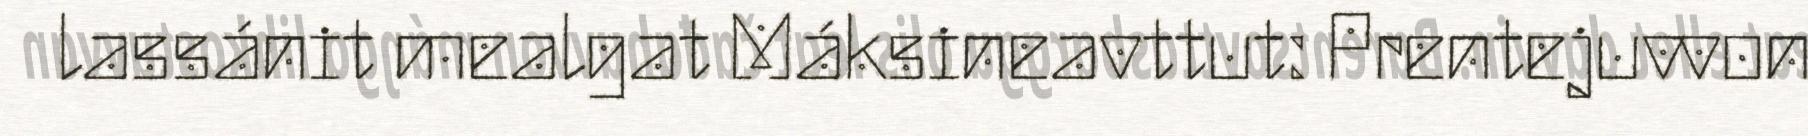
lassánit mealgat Máksineavttut: Prentejuvvon